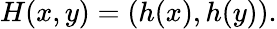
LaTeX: H(x,y)=(h(x),h(y)).